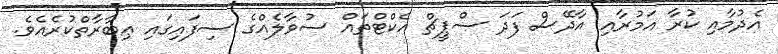
އެދުމާއި ކުރާ އަމުރާއި އާދޭސް ފަދަ ސްޕީޗް އެކްޓްތައް ސުވާލެއްގެ ސިފައިގައި ޢިބާރާތްކުރެއެވެ.